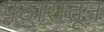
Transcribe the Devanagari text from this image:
पठारातून